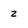
Character: z